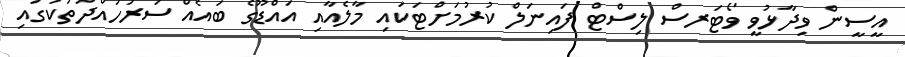
އީސީން ވިދާޅުވީ ވޯޓަރސް ލިސްޓް ފައިނަލް ކުރުމަށްޓަކައި މާލެއާއި އައްޑޫގެ ބައެއް ސަރަހައްދުތަކުގައި